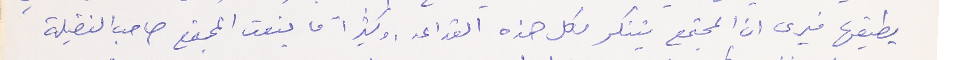
يطبقها فيرى ان المجتمع يتنكر لكل هذه القواعد. وكثيراً ما ينعت المجتمع صاحب الفضيلة